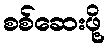
စစ်ဆေးဖို့